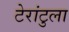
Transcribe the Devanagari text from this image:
टेरांटुला